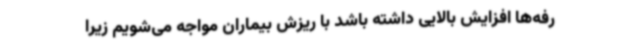
رفه‌ها افزایش بالایی داشته باشد با ریزش بیماران مواجه می‌شویم زیرا